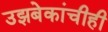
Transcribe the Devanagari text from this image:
उझबेकांचीही